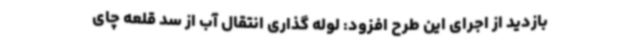
بازدید از اجرای این طرح افزود: لوله گذاری انتقال آب از سد قلعه چای